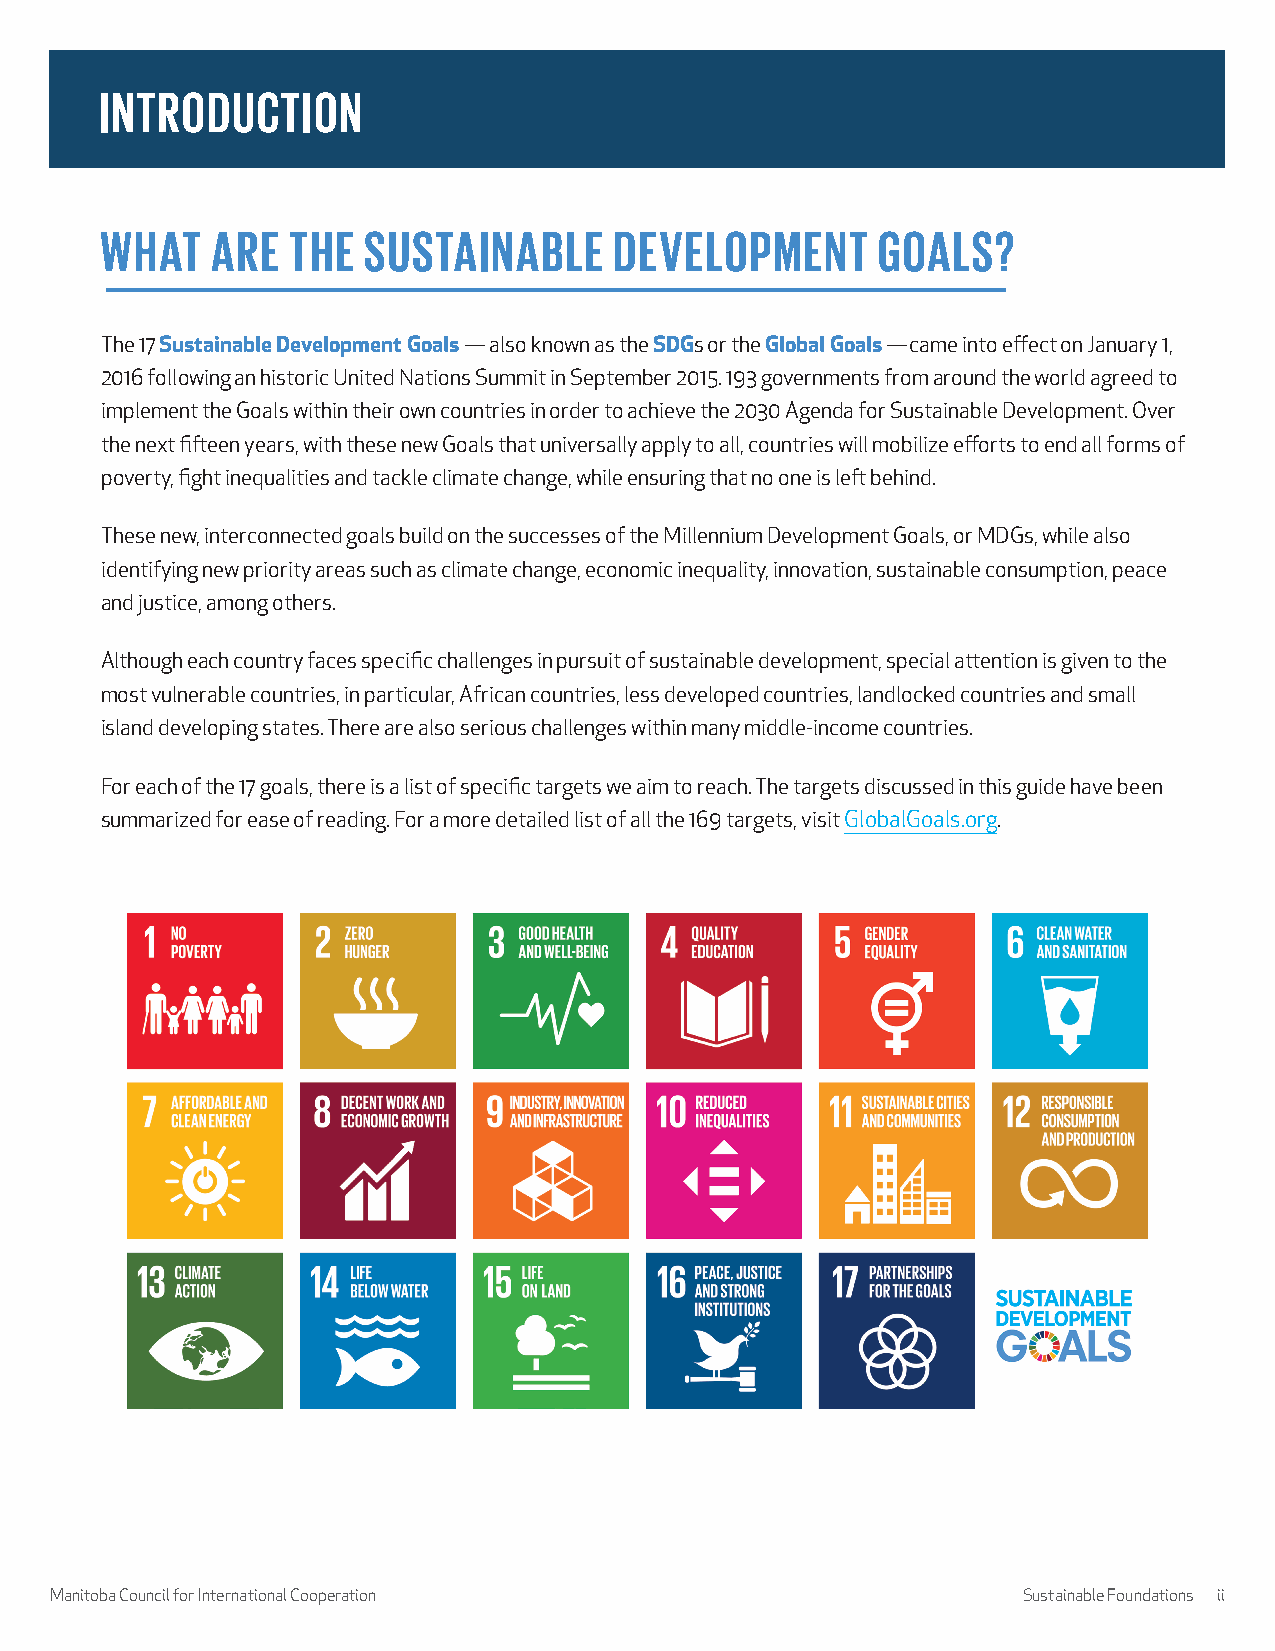
INTRODUCTION
 WHAT   ARE  THE  SUSTAINABLE      DEVELOPMENT      GOALS?
 The 17 Sustainable Development Goals — also known as the SDGs or the Global Goals —came into effect on January 1,
 2016 following an historic United Nations Summit in September 2015. 193 governments from around the world agreed to
 implement the Goals within their own countries in order to achieve the 2030 Agenda for Sustainable Development. Over
 the next fifteen years, with these new Goals that universally apply to all, countries will mobilize efforts to end all forms of
 poverty, fight inequalities and tackle climate change, while ensuring that no one is left behind.
 These new, interconnected goals build on the successes of the Millennium Development Goals, or MDGs, while also
 identifying new priority areas such as climate change, economic inequality, innovation, sustainable consumption, peace
 and justice, among others.
 Although each country faces specific challenges in pursuit of sustainable development, special attention is given to the
 most vulnerable countries, in particular, African countries, less developed countries, landlocked countries and small
 island developing states. There are also serious challenges within many middle-income countries.
 For each of the 17 goals, there is a list of specific targets we aim to reach. The targets discussed in this guide have been
 summarized for ease of reading. For a more detailed list of all the 169 targets, visit GlobalGoals.org.
 Manitoba Council for International Cooperation                   Sustainable Foundations ii